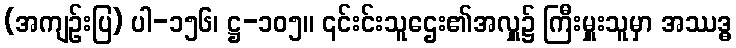
(အကျဉ်းပြ) ပါ-၁၅၆၊ ဋ္ဌ-၁၀၅။ ၎င်းင်းသူဌေး၏အလှူ၌ ကြီးမှူးသူမှာ အဿဒ္ဓ